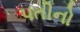
પતીનો